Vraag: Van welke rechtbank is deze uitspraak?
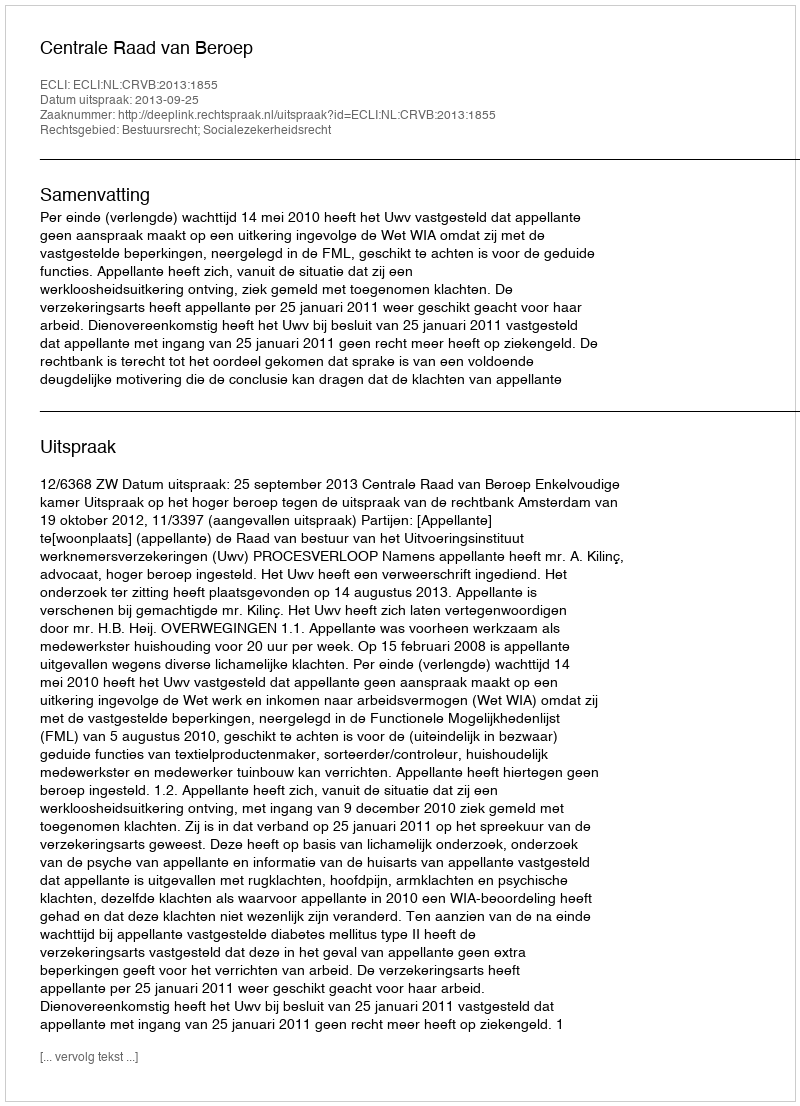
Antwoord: Centrale Raad van Beroep